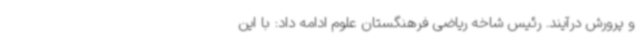
و پرورش درآیند. رئیس شاخه ریاضی فرهنگستان علوم ادامه داد: با این